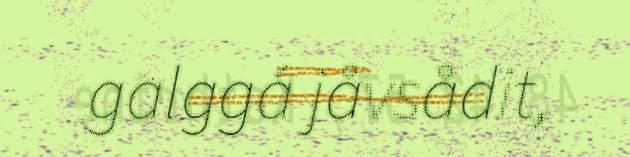
galggá jåvsådit,